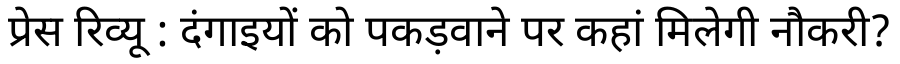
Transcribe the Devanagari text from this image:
प्रेस रिव्यू : दंगाइयों को पकड़वाने पर कहां मिलेगी नौकरी?